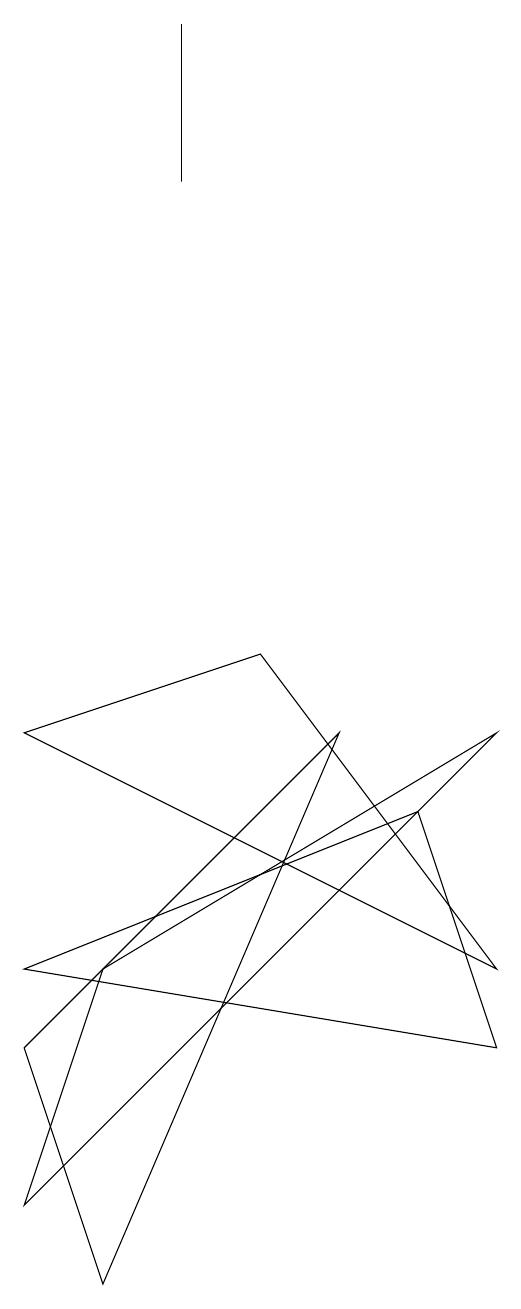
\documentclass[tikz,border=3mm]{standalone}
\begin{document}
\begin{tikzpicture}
\draw (1,7) -- (4,8) -- (7,4) -- cycle;
\draw (2,4) -- (1,1) -- (7,7) -- cycle;
\draw (1,4) -- (7,3) -- (6,6) -- cycle;
\draw (3,16) rectangle (3,14);
\draw (1,3) -- (2,0) -- (5,7) -- cycle;
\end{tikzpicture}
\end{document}